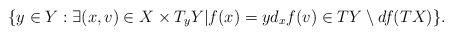
LaTeX: \begin{align*}\{y\in Y : \exists (x,v) \in X \times T_y Y | f(x)=y d_xf(v) \in TY\setminus df(TX)\}. \end{align*}